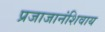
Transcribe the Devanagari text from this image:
प्रजाजानंशिवाय